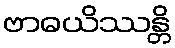
ဗာဓယိဿန္တိ